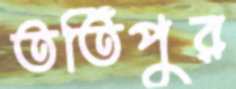
তর্তিপুর